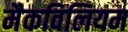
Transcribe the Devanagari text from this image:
मैकविलियम